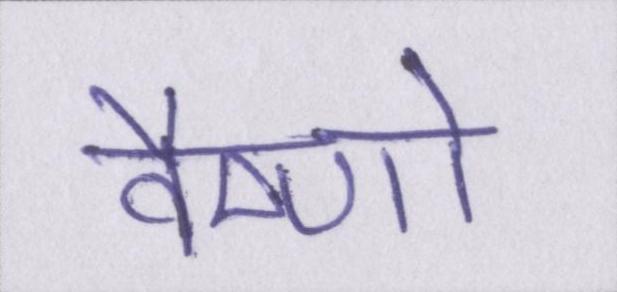
वैष्णो